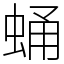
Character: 蛹